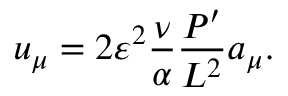
u _ { \mu } = 2 \varepsilon ^ { 2 } \frac { \nu } { \alpha } \frac { P ^ { \prime } } { { \cal L } ^ { 2 } } a _ { \mu } .